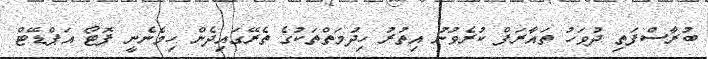
ބުރާސްފަތި ދުވަހު ތައާރަފް ކުރެވުނު އިތުރު ހިދުމަތްތަކުގެ ތެރޭގައިދެން ހިމެނެނީ ފޮޓޯ އަޕްޑޭޓް